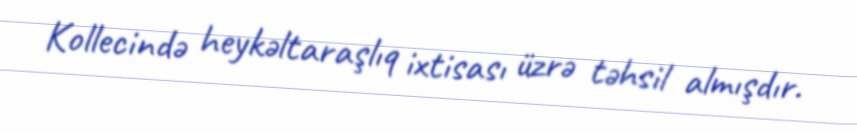
Kollecində heykəltaraşlıq ixtisası üzrə təhsil almışdır.